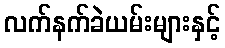
လက်နက်ခဲယမ်းများနှင့်